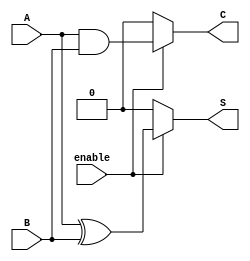
module ConditionalHalfAdder (
    input wire A,           // First input bit
    input wire B,           // Second input bit
    input wire enable,      // Control signal to enable addition
    output reg S,           // Sum output
    output reg C            // Carry output
);

// Combinational logic for Conditional Half-Adder
always @(*) begin
    if (enable) begin
        // Perform addition when enabled
        S = A ^ B;          // Sum: A XOR B
        C = A & B;          // Carry: A AND B
    end else begin
        // If not enabled, set outputs to 0
        S = 1'b0;           // Set sum to 0
        C = 1'b0;           // Set carry to 0
    end
end

endmodule